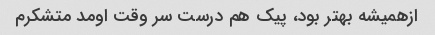
ازهمیشه بهتر بود، پیک هم درست سر وقت اومد متشکرم